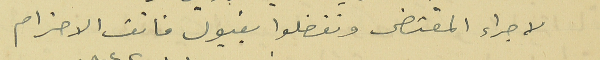
لاجراء المقتضى وتفضلوا بقبول فائق الاحترام